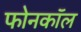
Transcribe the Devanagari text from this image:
फोनकाॅल